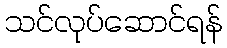
သင်လုပ်ဆောင်ရန်